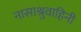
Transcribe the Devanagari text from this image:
नासाश्रुवाहिनी